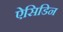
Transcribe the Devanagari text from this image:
ऐसिडिन